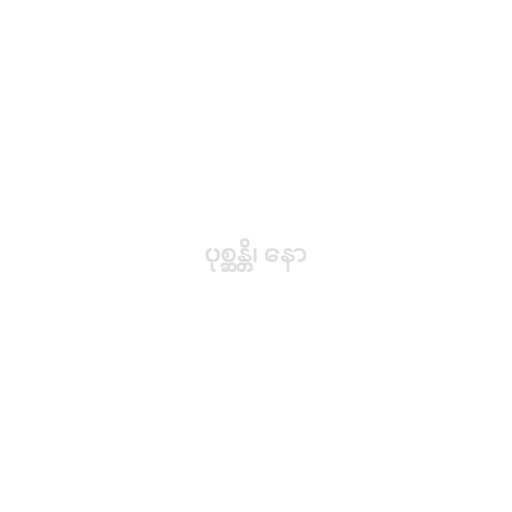
ပုစ္ဆန္တိ၊ နော